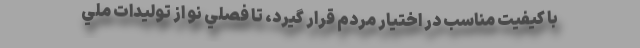
با كيفيت مناسب در اختيار مردم قرار گيرد، تا فصلي نو از توليدات ملي